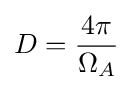
D={\frac {4\pi }{\Omega _{A}}}